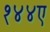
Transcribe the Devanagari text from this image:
१४४ए